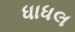
ધાધલ